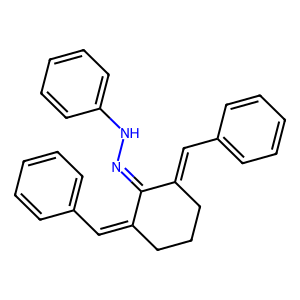
SMILES: C(=C1CCCC(=Cc2ccccc2)C1=NNc1ccccc1)c1ccccc1
Inhibits HIV replication: No